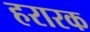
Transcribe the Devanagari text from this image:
हरारक